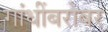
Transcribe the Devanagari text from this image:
गांधींबरोबर